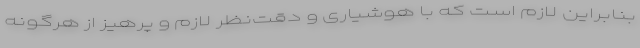
بنابراین لازم است که با هوشیاری و دقت‌نظر لازم و پرهیز از هرگونه